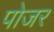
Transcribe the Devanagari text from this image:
पोजर